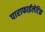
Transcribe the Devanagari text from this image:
पाराफाईलेटिक